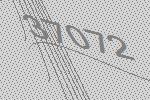
37072